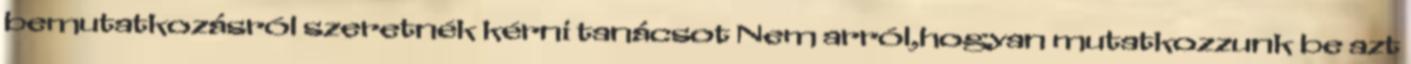
bemutatkozásról szeretnék kérni tanácsot Nem arról,hogyan mutatkozzunk be azt